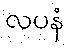
လပနံ